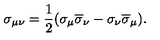
\sigma _ { \mu \nu } = \frac 1 2 ( \sigma _ { \mu } \overline { { \sigma } } _ { \nu } - \sigma _ { \nu } \overline { { \sigma } } _ { \mu } ) .